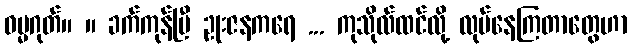
ဓမ္မဂုတ်။ ။ ခက်ကုန်ပြီ ဥုးဇနကရေ ... ကုသိုလ်ထင်လို့ လုပ်နေကြတာတွေဟာ